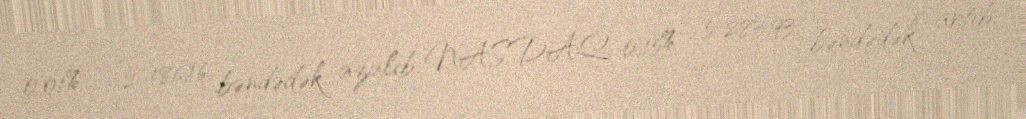
0,01% - 2 186,16 bəndədək azalıb, NASDAQ 0,15% - 5 283,93 bəndədək artıb.